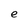
Character: e